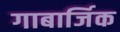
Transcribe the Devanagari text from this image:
गाबार्जिक